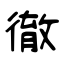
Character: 徹